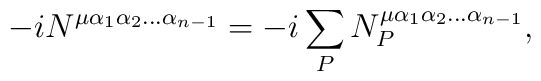
-iN^{\mu\alpha_1\alpha_2\ldots\alpha_{n-1}}=-i\sum_{P}N^{\mu\alpha_1\alpha_2\ldots\alpha_{n-1}}_{P},